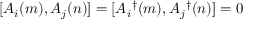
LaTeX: [ A _ { i } ( m ) , A _ { j } ( n ) ] = [ A _ { i } { } ^ { \dag } ( m ) , A _ { j } { } ^ { \dag } ( n ) ] = 0